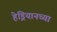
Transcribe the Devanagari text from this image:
हेड्रियानच्या